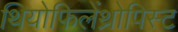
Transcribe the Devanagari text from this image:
थियोफिलेंथ्रोपिस्ट